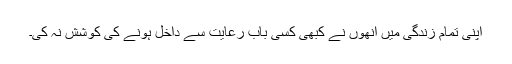
اپنی تمام زندگی میں انھوں نے کبھی کسی باب رعایت سے داخل ہونے کی کوشش نہ کی۔